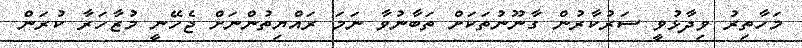
މަހާތިރު ވިދާޅުވީ ސަރުކާރުން ގާނޫނުތަކަށް ތަބާނުވާ ނަމަ ރައްޔިތުންނަށް ޖެހޭނީ މުޒާހަރާ ކުރަން